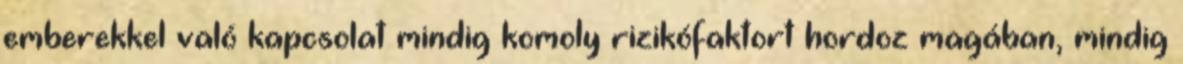
emberekkel való kapcsolat mindig komoly rizikófaktort hordoz magában, mindig